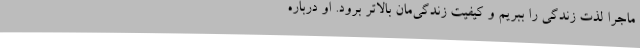
ماجرا لذت زندگی را ببریم و کیفیت زندگی‌مان بالاتر برود. او درباره